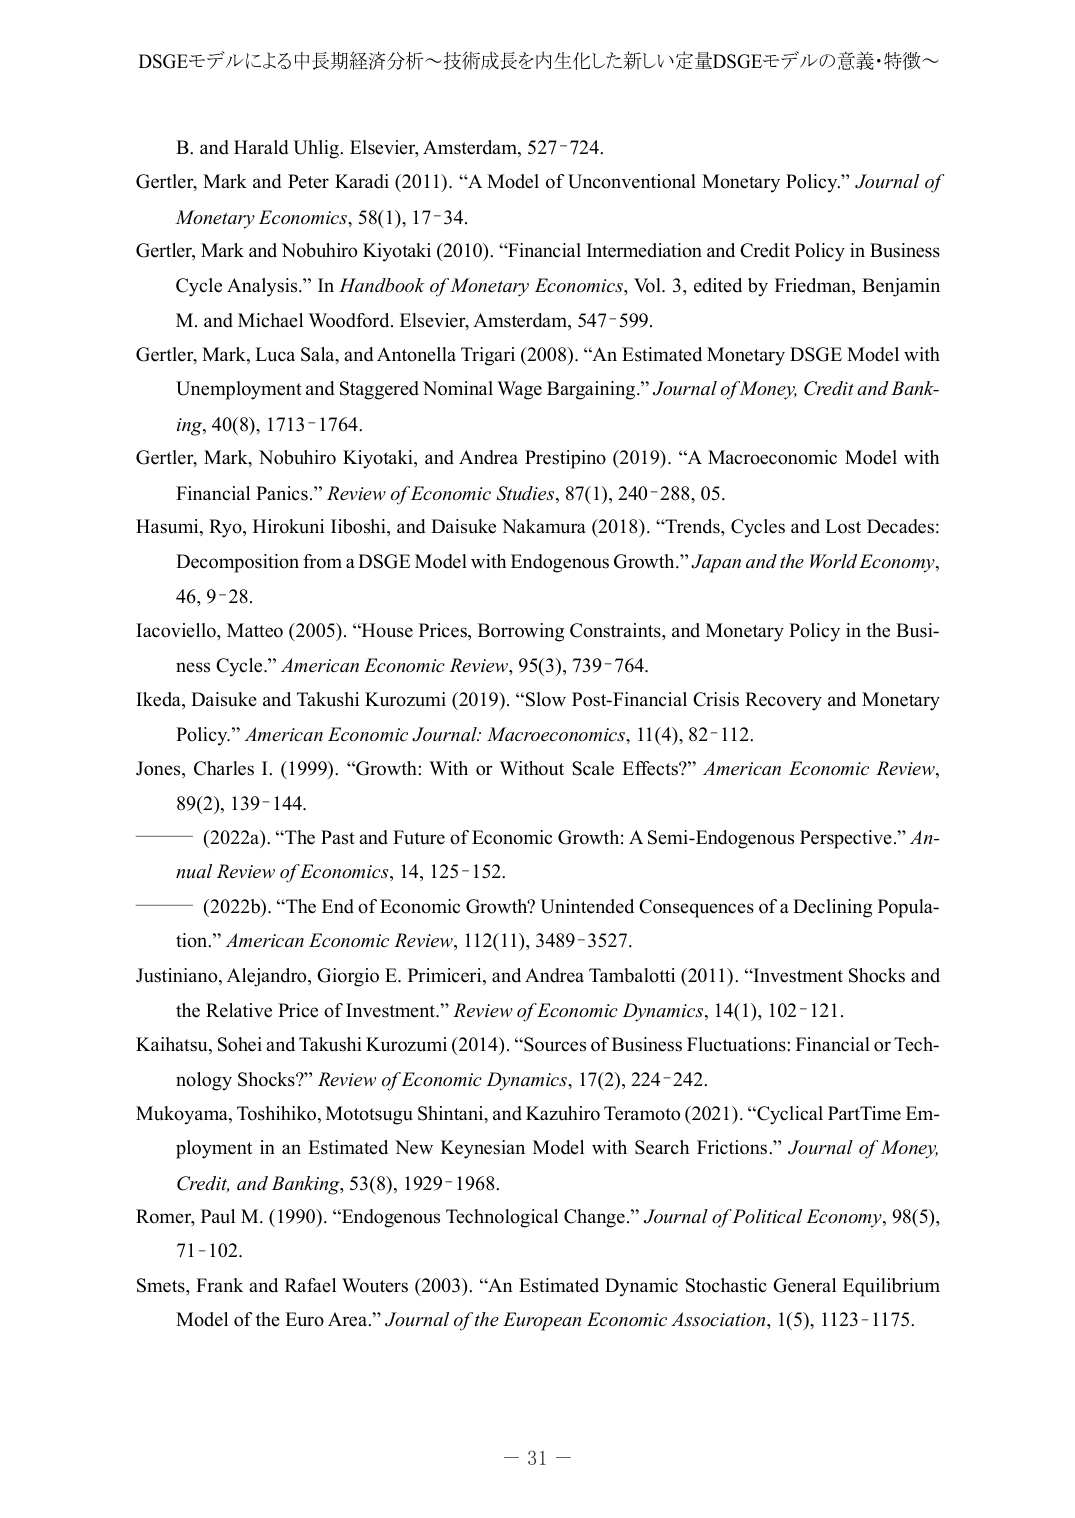
DSGEモデルによる中長期経済分析～技術成長を内生化した新しい定量DSGEモデルの意義・特徴～

B. and Harald Uhlig. Elsevier, Amsterdam, 527–724.

Gertler, Mark and Peter Karadi (2011). “A Model of Unconventional Monetary Policy.” Journal of Monetary Economics, 58(1), 17–34.

Gertler, Mark and Nobuhiro Kiyotaki (2010). “Financial Intermediation and Credit Policy in Business Cycle Analysis.” In Handbook of Monetary Economics, Vol. 3, edited by Friedman, Benjamin M. and Michael Woodford. Elsevier, Amsterdam, 547–599.

Gertler, Mark, Luca Sala, and Antonella Trigari (2008). “An Estimated Monetary DSGE Model with Unemployment and Staggered Nominal Wage Bargaining.” Journal of Money, Credit and Banking, 40(8), 1713–1764.

Gertler, Mark, Nobuhiro Kiyotaki, and Andrea Prestipino (2019). “A Macroeconomic Model with Financial Panics.” Review of Economic Studies, 87(1), 240–288, 05.

Hasumi, Ryo, Hirokuni Iiboshi, and Daisuke Nakamura (2018). “Trends, Cycles and Lost Decades: Decomposition from a DSGE Model with Endogenous Growth.” Japan and the World Economy, 46, 9–28.

Iacoviello, Matteo (2005). “House Prices, Borrowing Constraints, and Monetary Policy in the Business Cycle.” American Economic Review, 95(3), 739–764.

Ikeda, Daisuke and Takushi Kurozumi (2019). “Slow Post-Financial Crisis Recovery and Monetary Policy.” American Economic Journal: Macroeconomics, 11(4), 82–112.

Jones, Charles I. (1999). “Growth: With or Without Scale Effects?” American Economic Review, 89(2), 139–144.

——— (2022a). “The Past and Future of Economic Growth: A Semi-Endogenous Perspective.” Annual Review of Economics, 14, 125–152.

——— (2022b). “The End of Economic Growth? Unintended Consequences of a Declining Population.” American Economic Review, 112(11), 3489–3527.

Justiniano, Alejandro, Giorgio E. Primiceri, and Andrea Tambalotti (2011). “Investment Shocks and the Relative Price of Investment.” Review of Economic Dynamics, 14(1), 102–121.

Kaihatsu, Sohei and Takushi Kurozumi (2014). “Sources of Business Fluctuations: Financial or Technology Shocks?” Review of Economic Dynamics, 17(2), 224–242.

Mukoyama, Toshihiko, Mototsugu Shintani, and Kazuhiro Teramoto (2021). “Cyclical Part-Time Employment in an Estimated New Keynesian Model with Search Frictions.” Journal of Money, Credit, and Banking, 53(8), 1929–1968.

Romer, Paul M. (1990). “Endogenous Technological Change.” Journal of Political Economy, 98(5), 71–102.

Smets, Frank and Rafael Wouters (2003). “An Estimated Dynamic Stochastic General Equilibrium Model of the Euro Area.” Journal of the European Economic Association, 1(5), 1123–1175.

– 31 –